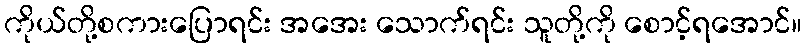
ကိုယ်တို့စကားပြောရင်း အအေး သောက်ရင်း သူတို့ကို စောင့်ရအောင်။